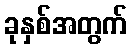
ခုနှစ်အတွက်